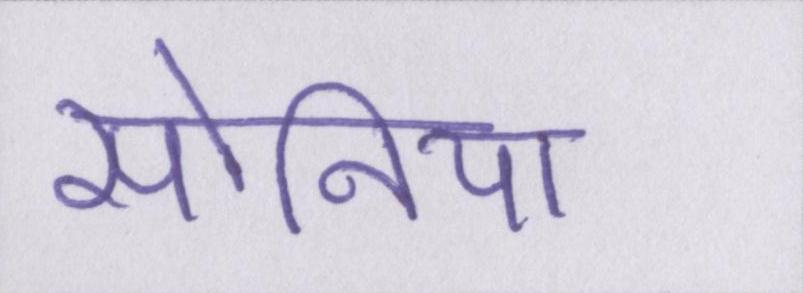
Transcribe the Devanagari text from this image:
सोनिया